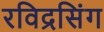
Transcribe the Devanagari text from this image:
रविद्रसिंग